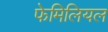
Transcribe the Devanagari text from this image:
फेमिलियल